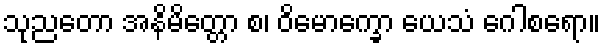
သုညတော အနိမိတ္တော စ၊ ဝိမောက္ခော ယေသံ ဂေါစရော။